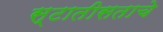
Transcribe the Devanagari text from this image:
स्टातीसताचे